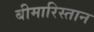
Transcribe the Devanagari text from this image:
बीमारिस्तान